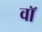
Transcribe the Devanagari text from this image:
वाॅ